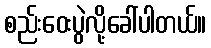
စည်းဝေးပွဲလို့ခေါ်ပါတယ်။